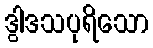
ဒွါဒသပုရိသော